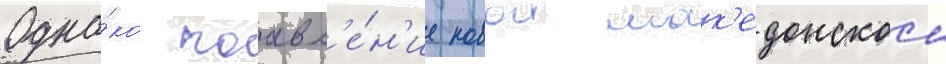
Одна́ко поавл'е́н'ие новои мак'едонскои